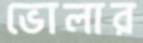
ভোলার